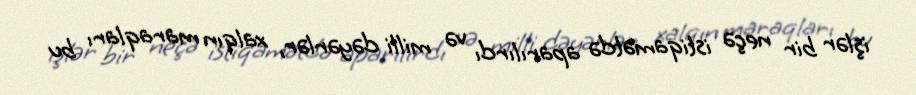
işlər bir neçə istiqamətdə aparılırdı və milli dəyərlər, xalqın maraqları bu